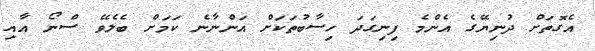
އެގޮތަށް ދުނިޔޭގެ އެންމެ ފިނިގަދަ ހިސާބުތަކަށް އަންނާނެ ކަމަށް ބެލެވޭ ސްނޯ އާއި